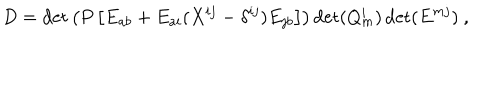
LaTeX: D = \det \left( P \left[ E _ { a b } + E _ { a i } ( X ^ { i j } - \delta ^ { i j } ) E _ { j b } \right] \right) \det ( Q _ { m } ^ { i } ) \det ( E ^ { m j } ) \ ,